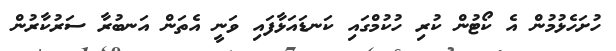
ހުށަހެޅުމުން އެ ކޯޓުން ކުރި ހުކުމްގައި ކަނޑައަޅާފައި ވަނީ އެތަން އަނބުރާ ސަރުކާރުން